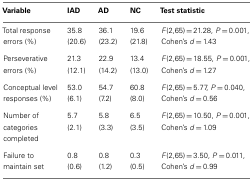
<table><thead><tr><td><b>Variable</b></td><td><b>IAD</b></td><td><b>AD</b></td><td><b>NC</b></td><td><b>Test statistic</b></td></tr></thead><tbody><tr><td>Total response errors (%)</td><td>35.8 (20.6)</td><td>36.1 (23.2)</td><td>19.6 (21.8)</td><td><i>F</i>(2,65) = 21.28, <i>P</i> = 0.001, Cohen’s <i>d</i> = 1.43</td></tr><tr><td>Perseverative errors (%)</td><td>21.3 (12.1)</td><td>22.9 (14.2)</td><td>13.4 (13.0)</td><td><i>F</i>(2,65) = 18.55, <i>P</i> = 0.001, Cohen’s <i>d</i> = 1.27</td></tr><tr><td>Conceptual level responses (%)</td><td>53.0 (6.1)</td><td>54.7 (7.2)</td><td>60.8 (8.0)</td><td><i>F</i>(2,65) = 5.77, <i>P</i> = 0.040, Cohen’s <i>d</i> = 0.56</td></tr><tr><td>Number of categories completed</td><td>5.7 (2.1)</td><td>5.8 (3.3)</td><td>6.5 (3.5)</td><td><i>F</i>(2,65) = 10.50, <i>P</i> = 0.001, Cohen’s <i>d</i> = 1.09</td></tr><tr><td>Failure to maintain set</td><td>0.8 (0.6)</td><td>0.8 (1.2)</td><td>0.3 (0.5)</td><td><i>F</i>(2,65) = 3.50, <i>P</i> = 0.011, Cohen’s <i>d</i> = 0.99</td></tr></tbody></table>